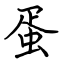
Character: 蛋